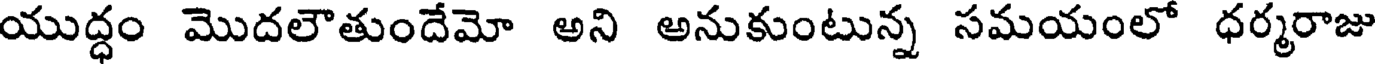
యుద్ధం మొదలౌతుందేమో అని అనుకుంటున్న సమయంలో ధర్మరాజు